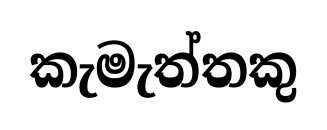
කැමැත්තකු